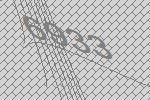
6933